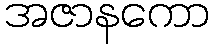
အဇာနကော